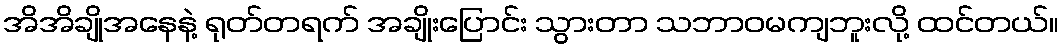
အိအိချိုအနေနဲ့ ရုတ်တရက် အချိုးပြောင်း သွားတာ သဘာဝမကျဘူးလို့ ထင်တယ်။